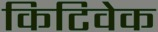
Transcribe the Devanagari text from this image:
किटिवेक